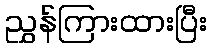
ညွှန်ကြားထားပြီး